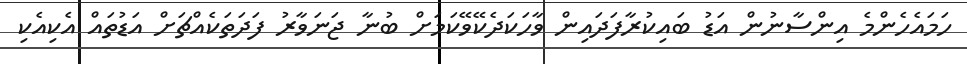
ހަމައެހެންމެ އިންސާނުން އަޑު ބައިކުރާފަދައިން ވާހަކަދެކޭވޭކަމަށް ބުނާ ޖަނަވާރު ފަދަތަކެއްޗަށް އަޑުތައް އެކިއެކި